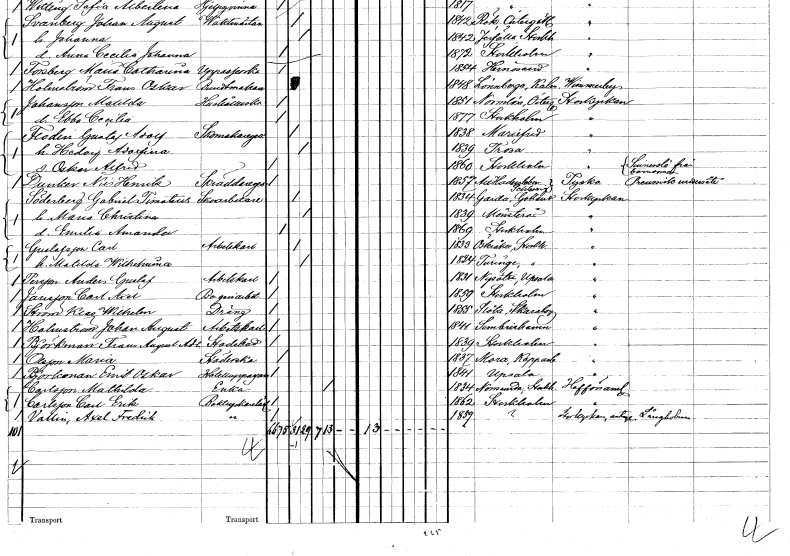
gt_parse: households: individuals: FN: Gustaf Adolf
EN: Flodin
YRKE: Skomakaregesäll
KON: M
CIV: G
FODAR: 1838
FODFORS: Mariefred Södermanlands län
FN: Hedvig Adolfina
KON: K
CIV: G
FODAR: 1839
FODFORS: Trosa Södermanlands län
FN: Oskar Alfred
KON: M
CIV: O
FODAR: 1860
FODFORS: Stockholm
FN: Nils Henrik
EN: Dunker
YRKE: Skräddaregesäll
KON: M
CIV: O
FODAR: 1857
FN: Gabriel Timotius
EN: Söderberg
YRKE: Skoarbetare
KON: M
CIV: G
FODAR: 1834
FODFORS: Garde Gotlands län
FN: Maria Christina
KON: K
CIV: G
FODAR: 1839
FODFORS: Mönsterås Kalmar län
FN: Emilia Amanda
KON: K
CIV: O
FODAR: 1869
FODFORS: Stockholm
FN: Carl
EN: Gustafsson
YRKE: Arbetskarl
KON: M
CIV: G
FODAR: 1833
FODFORS: Österåker Stockholms län
FN: Matilda Wilhelmina
KON: K
CIV: G
FODAR: 1824
FODFORS: Turinge Stockholms län
FN: Anders Gustaf
EN: Persson
YRKE: Arbetskarl
KON: M
CIV: O
FODAR: 1831
FODFORS: Nysätra Uppsala län
FN: Carl Axel
EN: Jansson
YRKE: Bageriarbetare
KON: M
CIV: O
FODAR: 1859
FODFORS: Stockholm
FN: Klas Wilhelm
EN: Ström
YRKE: Dräng
KON: M
CIV: O
FODAR: 1855
FODFORS: Slöta Skaraborgs län
FN: Johan August
EN: Holmström
YRKE: Arbetskarl
KON: M
CIV: O
FODAR: 1841
FODFORS: Simrishamn Kristianstads län
FN: Frans August Adolf
EN: Björkman
YRKE: Stadsbud
KON: M
CIV: O
FODAR: 1839
FODFORS: Stockholm
FN: Maria
EN: Olsson
YRKE: Städerska
KON: K
CIV: O
FODAR: 1837
FODFORS: Mora Kopparbergs län
FN: Erik Oskar
EN: Björkman
YRKE: Hotelluppassare
KON: M
CIV: O
FODAR: 1841
FODFORS: Uppsala Uppsala län
FN: Mathilda
EN: Carlsson
YRKE: Änka
KON: K
CIV: E
FODAR: 1834
FODFORS: Norrsunda Stockholms län
FN: Carl Erik
EN: Carlsson
YRKE: Boktryckerilärling
KON: M
CIV: O
FODAR: 1862
FODFORS: Stockholm
FN: Axel Fredrik
EN: Vallin
YRKE: Boktryckerilärling
KON: M
CIV: O
FODAR: 1859